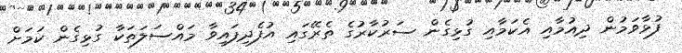
ފުޅާވަމުން ދިއުމާއި އެކަމާއި ގުޅިގެން ސަރުކާރުގެ ތެރޭގައި އުފެދިފައިވާ މައްސަލަތަކާ ގުޅިގެން ކަމަށް